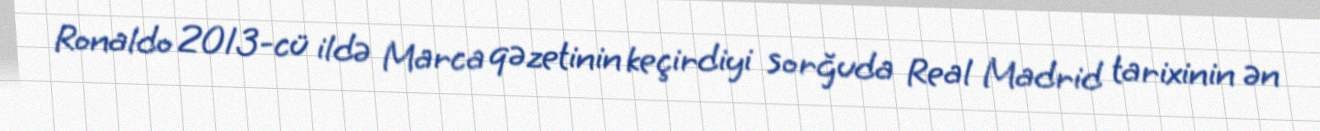
Ronaldo 2013-cü ildə Marca qəzetinin keçirdiyi sorğuda Real Madrid tarixinin ən